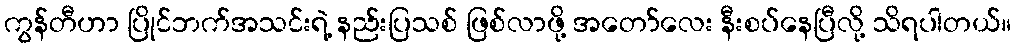
ကွန်တီဟာ ပြိုင်ဘက်အသင်းရဲ့ နည်းပြသစ် ဖြစ်လာဖို့ အတော်လေး နီးစပ်နေပြီလို့ သိရပါတယ်။